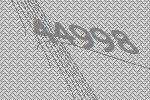
44998